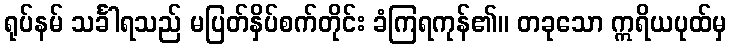
ရုပ်နမ် သင်္ခါရသည် မပြတ်နှိပ်စက်တိုင်း ခံကြရကုန်၏။ တခုသော ဣရိယပုထ်မှ